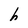
Character: h